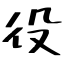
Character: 役